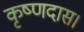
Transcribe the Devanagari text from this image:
कृष्णदास।